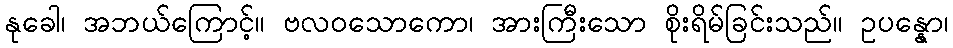
နုခေါ၊ အဘယ်ကြောင့်။ ဗလဝသောကော၊ အားကြီးသော စိုးရိမ်ခြင်းသည်။ ဥပန္နော၊